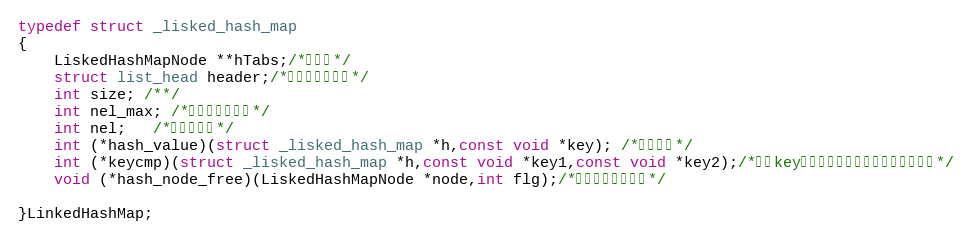
Language: C
typedef struct _lisked_hash_map
{
	LiskedHashMapNode **hTabs;/*哈希桶*/
	struct list_head header;/*双向循环链表头*/
	int size; /**/
	int nel_max; /*支持最大节点数*/
	int nel;   /*当前节点数*/
    int (*hash_value)(struct _lisked_hash_map *h,const void *key); /*哈希函数*/
    int (*keycmp)(struct _lisked_hash_map *h,const void *key1,const void *key2);/*哈希key比较函数，当哈希数值一致时使用*/
    void (*hash_node_free)(LiskedHashMapNode *node,int flg);/*用来释放节点内存*/

}LinkedHashMap;